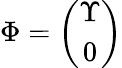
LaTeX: \Phi=\left(\begin{array}{c}{{\Upsilon}}\\ {{0}}\end{array}\right)